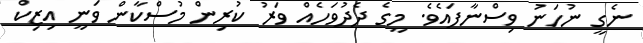
ނެގީ ނުހަނު ވިސްނާފައެވެ. މީގެ ދެދުވަހެއް ވަރު ކުރިން މުސްކާން ވަނީ އިޒިކް